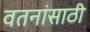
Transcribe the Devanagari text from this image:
वतनांसाठी